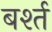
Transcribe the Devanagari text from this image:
बर्श्त